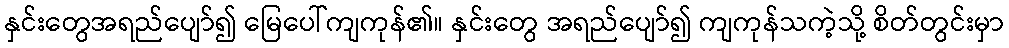
နှင်းတွေအရည်ပျော်၍ မြေပေါ်ကျကုန်၏။ နှင်းတွေ အရည်ပျော်၍ ကျကုန်သကဲ့သို့ စိတ်တွင်းမှာ